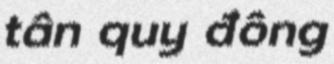
tân quy đông